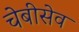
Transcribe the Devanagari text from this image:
चेबीसेव